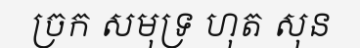
ច្រក សមុទ្រ ហុត សុន